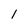
Character: l